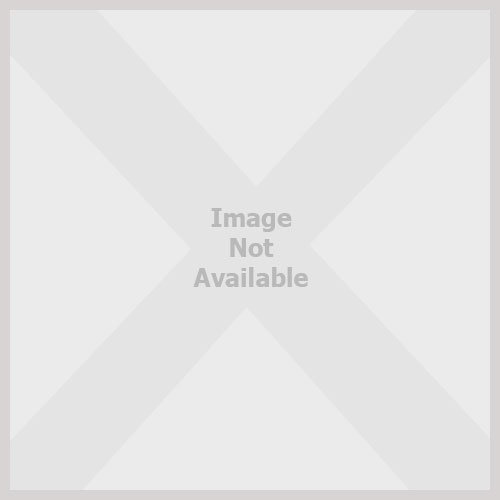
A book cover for Amazing Buildings; Philip Wilkinson; Children's Books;